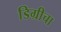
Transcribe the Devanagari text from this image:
डिग्रीचा